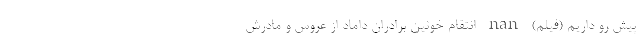
پیش رو داریم (فیلم) nan انتقام خونین برادران داماد از عروس و مادرش